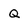
Character: Q